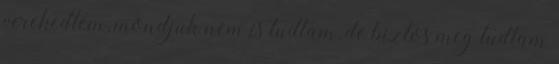
verekedtem, mondjuk nem is tudtam, de biztos meg tudtam